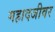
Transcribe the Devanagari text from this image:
महादजीवर